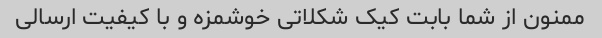
ممنون از شما بابت کیک شکلاتی خوشمزه و با کیفیت ارسالی